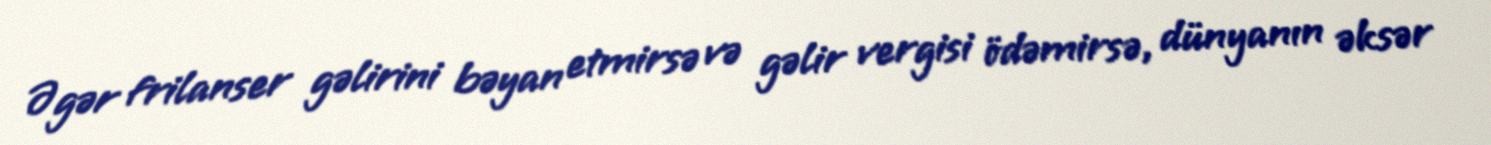
Əgər frilanser gəlirini bəyan etmirsə və gəlir vergisi ödəmirsə, dünyanın əksər